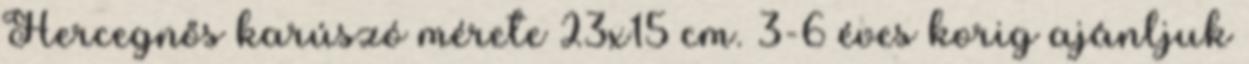
Hercegnős karúszó mérete 23x15 cm. 3-6 éves korig ajánljuk